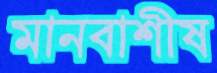
মানবাশীষ